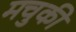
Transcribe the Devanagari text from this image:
मचुकी